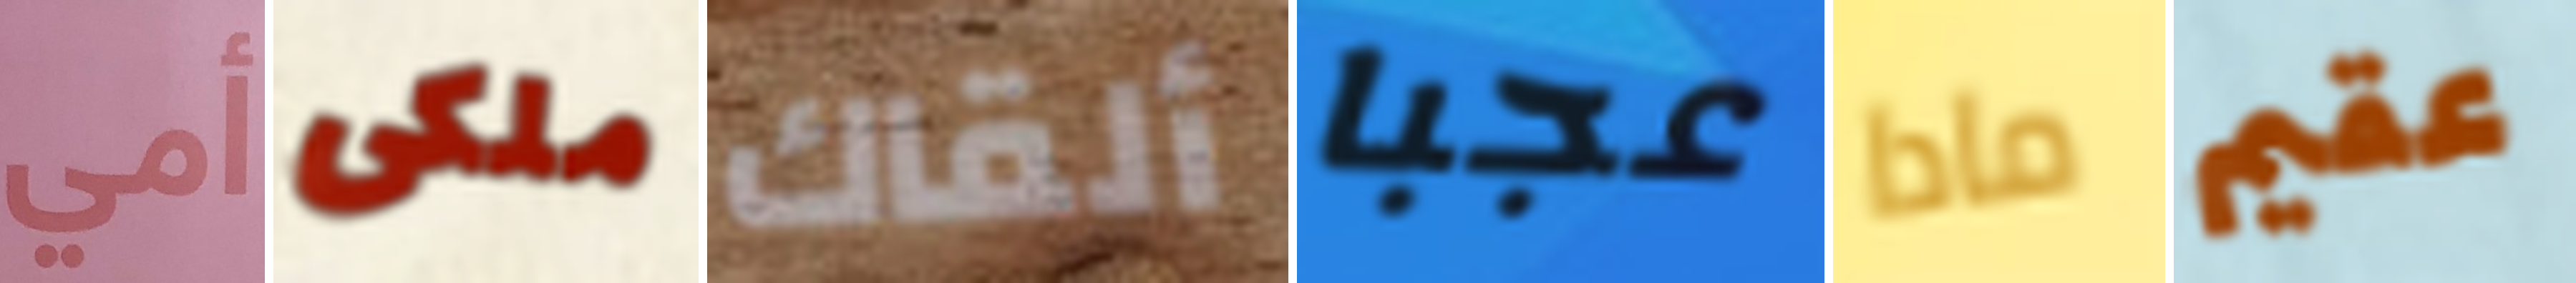
أمي ملكى ألقاك عجبا مادا عقيم